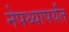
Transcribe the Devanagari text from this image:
नेपथ्यापर्यंत